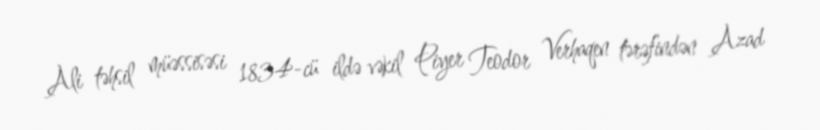
Ali təhsil müəssisəsi 1834-cü ildə vəkil Piyer Teodor Verhaqen tərəfindən Azad